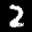
Label: 2